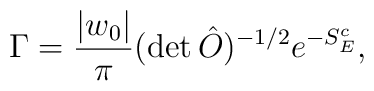
\Gamma={|w_0|\over \pi}(\det\hat O)^{-1/2}e^{-S_E^c},